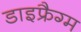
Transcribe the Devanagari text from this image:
डाइफ्रैग्म